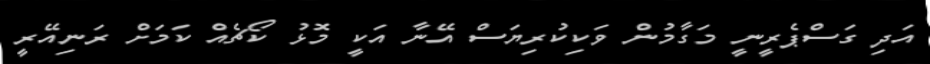
އަދި ގަސްޕެރީނީ މަގާމުން ވަކިކުރިޔަސް އޭނާ އަކީ މޮޅު ކޯޗެއް ކަމަށް ރަނިއޭރީ